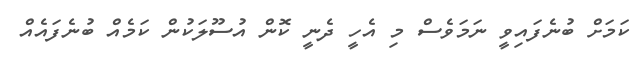
ކަމަށް ބުނެފައިވީ ނަމަވެސް މި އެހީ ދެނީ ކޮން އުސޫލަކުން ކަމެއް ބުނެފައެއް